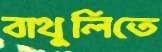
বাথুলিতে